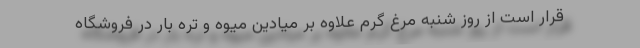
قرار است از روز شنبه مرغ گرم علاوه بر میادین میوه و تره بار در فروشگاه